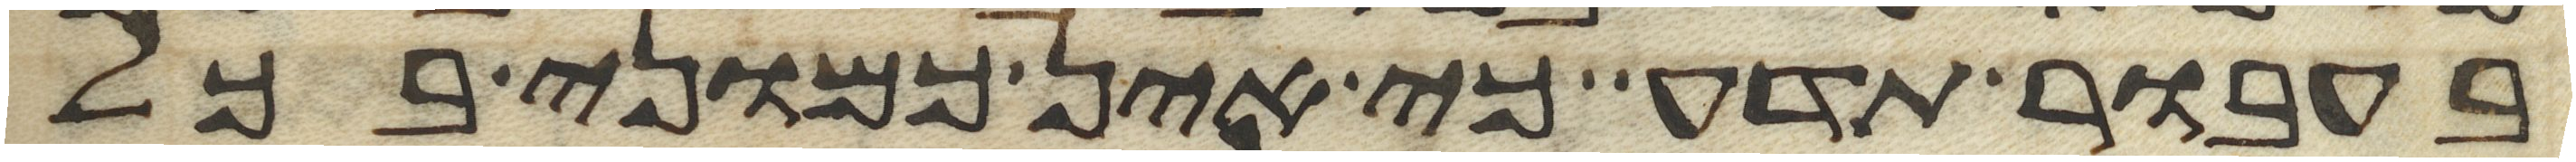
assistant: בעבור תדע כי אין כמוני בכל